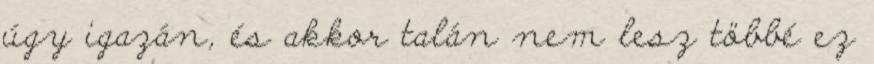
úgy igazán, és akkor talán nem lesz többé ez